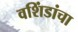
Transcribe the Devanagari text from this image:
वशिंडांचा